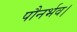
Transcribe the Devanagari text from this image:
पौनर्भव।